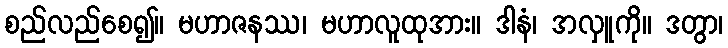
စည်လည်စေ၍။ မဟာဇနဿ၊ မဟာလူထုအား။ ဒါနံ၊ အလှူကို။ ဒတွာ၊